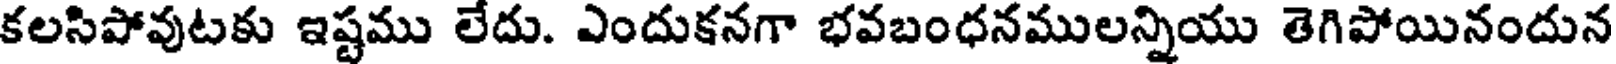
కలసిపోవుటకు ఇష్టము లేదు. ఎందుకనగా భవబంధనములన్నియు తెగిపోయినందున